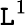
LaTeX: \mathtt{L}^{1}